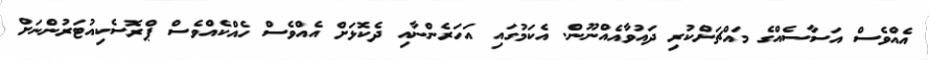
އެއްވެސް އަސާސެއްގެ މައްޗަށްކުރި ދައުވާއެއްނޫން. އެކަމުގައި އަހަރެންނާއި ދެކޮޅަށް އެއްވެސް ހެއްކެއްވެސް ޕްރޮސެކިއުޓަރުންނަށް